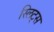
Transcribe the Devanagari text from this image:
स्लिट्स